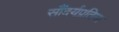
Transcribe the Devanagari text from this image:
सौंदर्यप्रतिमा